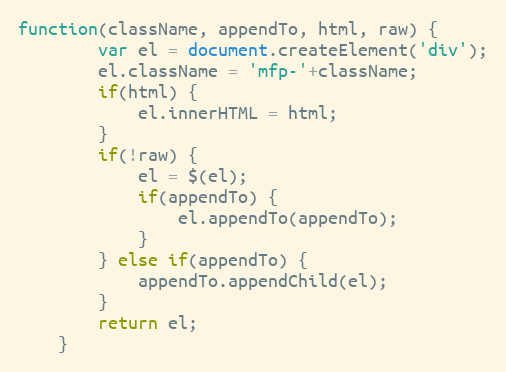
Language: JavaScript
function(className, appendTo, html, raw) {
		var el = document.createElement('div');
		el.className = 'mfp-'+className;
		if(html) {
			el.innerHTML = html;
		}
		if(!raw) {
			el = $(el);
			if(appendTo) {
				el.appendTo(appendTo);
			}
		} else if(appendTo) {
			appendTo.appendChild(el);
		}
		return el;
	}